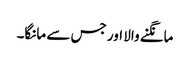
مانگنے والا اور جس سے مانگا۔